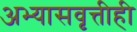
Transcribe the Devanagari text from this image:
अभ्यासवृत्तीही